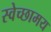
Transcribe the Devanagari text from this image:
स्वेच्छामय